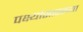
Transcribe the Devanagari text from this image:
पक्ष्यांसारख्या